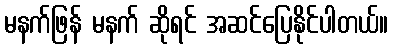
မနက်ဖြန် မနက် ဆိုရင် အဆင်ပြေနိုင်ပါတယ်။